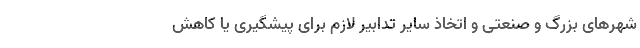
شهرهای بزرگ و صنعتی و اتخاذ سایر تدابیر لازم برای پیشگیری یا کاهش